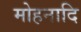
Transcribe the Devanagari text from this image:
मोहनादि